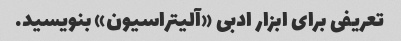
تعریفی برای ابزار ادبی «آلیتراسیون» بنویسید.